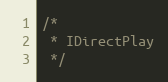
Language: C
/*
 * IDirectPlay
 */